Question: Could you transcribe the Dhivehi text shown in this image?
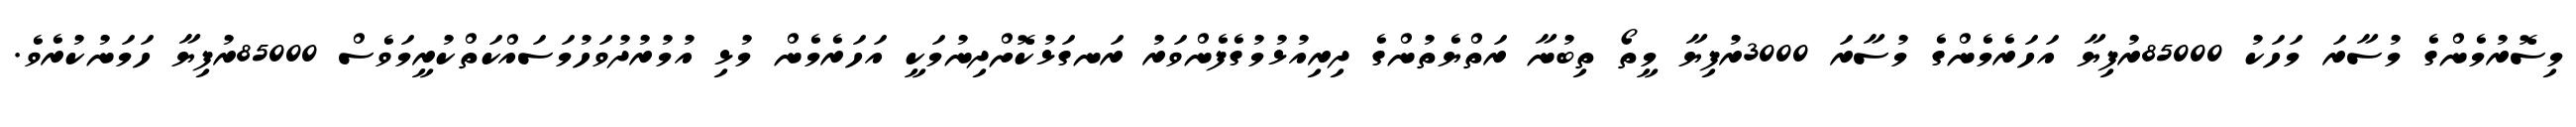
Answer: މިސޮރުމެންގެ މުސާރަ މަހަކު 85000ރުފިޔާ އަހަރެމެންގެ މުސާރަ 3000ރުފިޔާ މީތޯ ތިބުނާ ރަތްޔެތުންގެ ދިރިއުޅުމުގެފެންވަރު ރަނގަޅުކޮށްދިނުމަކީ އަހަރެމެން މުޅި އުމުރުދުވަހުމަސައްކަތްކުރީމަވެސް 85000ރުފިޔާ ހަމަނުކުރެވެ.